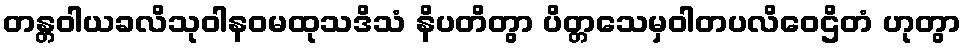
တန္တဝါယခလိသုဝါနဝမထုသဒိသံ နိပတိတွာ ပိတ္တသေမှဝါတပလိဝေဌိတံ ဟုတွာ